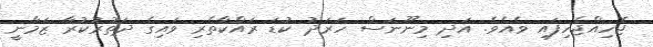
ޖެހިއްޖެހިފައި ވެއެވެ. އަދި މިނޫނަސް ހަރަދު ކުޑަ ރައްކާތެރި ވައިގެ ދަތުރުކުރާ ޒަމާނީ